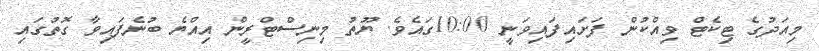
މިއަދުގެ ޓިކެޓް ވިއްކުން ފަށައިފައިވަނީ 10:00ގައެވެ. ޔޫތު މިނިސްޓްރީން އިއްޔެ ބުނެފައިވާ ގޮތުގައި